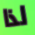
لذا